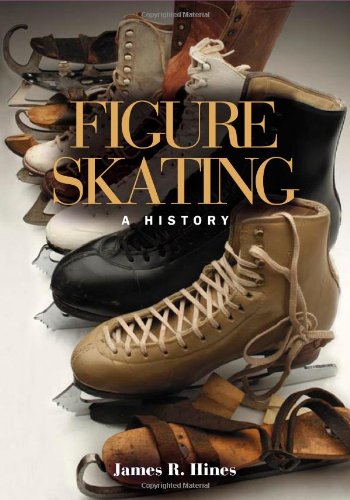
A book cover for Figure Skating: A HISTORY; James R. Hines; Sports & Outdoors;